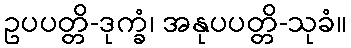
ဥပပတ္တိ-ဒုက္ခံ၊ အနုပပတ္တိ-သုခံ။